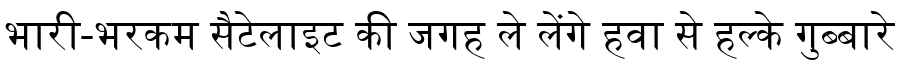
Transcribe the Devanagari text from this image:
भारी-भरकम सैटेलाइट की जगह ले लेंगे हवा से हल्के गुब्बारे